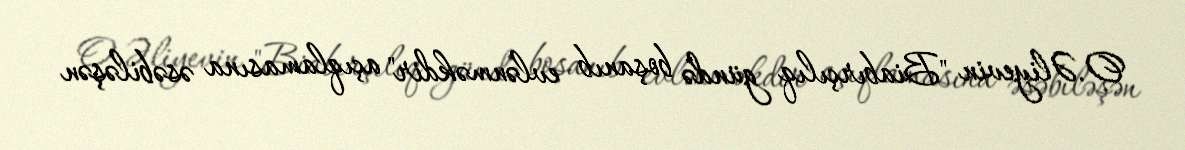
O.Əliyevin "Biabırçılıq gündə boşanıb evlənməkdir" açıqlamasına əsəbiləşən